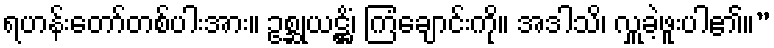
ရဟန်းတော်တစ်ပါးအား။ ဥစ္ဆုယဋ္ဌိံ၊ ကြံချောင်းကို။ အဒါသိ၊ လှူခဲ့ဖူးပါ၏။”